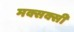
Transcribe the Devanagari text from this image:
मक्सक्सी